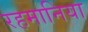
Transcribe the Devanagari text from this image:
रहमानिया